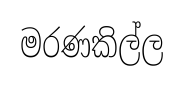
මරණකිල්ල